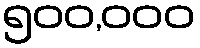
၅၀၀,၀၀၀